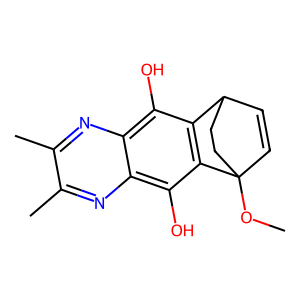
SMILES: COC12C=CC(CC1)c1c2c(O)c2nc(C)c(C)nc2c1O
Inhibits HIV replication: No